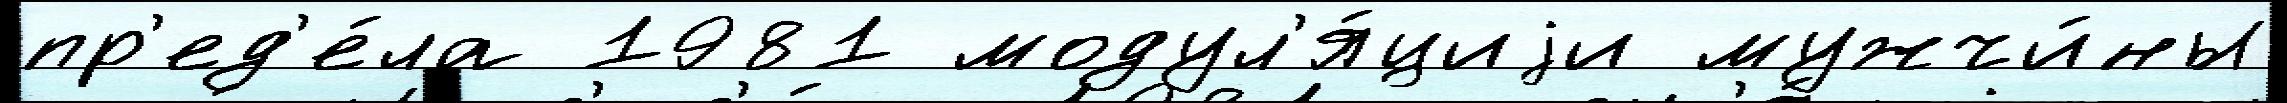
пр'ед'е́ла 1981 модул'я́циjи мужчи́ны